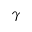
\gamma